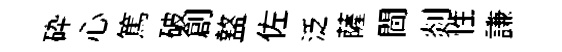
砕心篤破創盩佐泛薩閫剡性謙